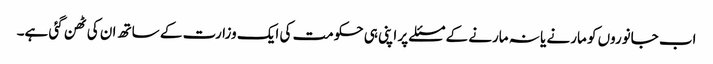
اب جانوروں کو مارنے یا نہ مارنے کے مسئلے پر اپنی ہی حکومت کی ایک وزارت کے ساتھ ان کی ٹھن گئی ہے۔